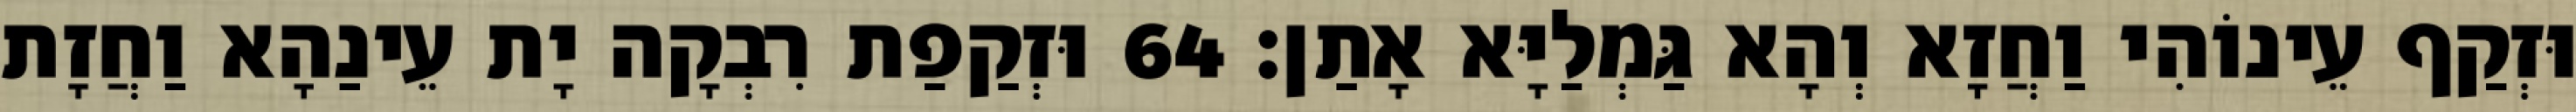
וּזְקַף עֵינוֹהִי וַחֲזָא וְהָא גַּמְלַיָּא אָתַן׃ 64 וּזְקַפַת רִבְקָה יָת עֵינַהָא וַחֲזָת